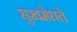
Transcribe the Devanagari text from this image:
सुखमेधते